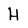
Character: H